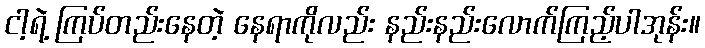
ငါ့ရဲ့ ကြပ်တည်းနေတဲ့ နေရာကိုလည်း နည်းနည်းလောက်ကြည့်ပါအုန်း။